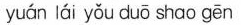
yuán lái yǒu duō shαo gēn